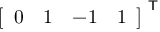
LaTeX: { \left[ \begin{array} { l l l l } { 0 } & { 1 } & { - 1 } & { 1 } \end{array} \right] } ^ { \textsf { T } }